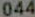
044